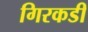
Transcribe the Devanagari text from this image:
गिरकडी